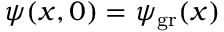
\psi ( x , 0 ) = \psi _ { \mathrm { g r } } ( x )